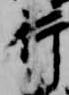
行